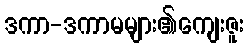
ဒကာ-ဒကာမများ၏ကျေးဇူး